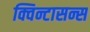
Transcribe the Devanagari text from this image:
क्विन्टासन्स